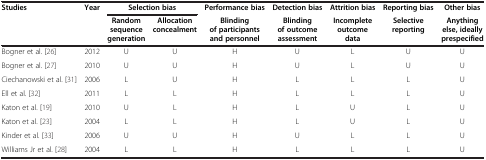
<table><thead><tr><td><b>Studies</b></td><td><b>Year</b></td><td colspan="2"><b>Selection bias</b></td><td><b>Performance bias</b></td><td><b>Detection bias</b></td><td><b>Attrition bias</b></td><td><b>Reporting bias</b></td><td><b>Other bias</b></td></tr><tr><td><b> </b></td><td><b> </b></td><td><b>Random sequence generation</b></td><td><b>Allocation concealment</b></td><td><b>Blinding of participants and personnel</b></td><td><b>Blinding of outcome assessment</b></td><td><b>Incomplete outcome data</b></td><td><b>Selective reporting</b></td><td><b>Anything else, ideally prespecified</b></td></tr></thead><tbody><tr><td>Bogner et al.[26]</td><td>2012</td><td>U</td><td>U</td><td>H</td><td>U</td><td>L</td><td>U</td><td>U</td></tr><tr><td>Bogner et al.[27]</td><td>2010</td><td>U</td><td>U</td><td>H</td><td>U</td><td>L</td><td>U</td><td>U</td></tr><tr><td>Ciechanowski et al.[31]</td><td>2006</td><td>L</td><td>U</td><td>H</td><td>L</td><td>L</td><td>L</td><td>U</td></tr><tr><td>Ell et al.[32]</td><td>2011</td><td>L</td><td>L</td><td>H</td><td>L</td><td>L</td><td>L</td><td>U</td></tr><tr><td>Katon et al.[19]</td><td>2010</td><td>U</td><td>L</td><td>H</td><td>L</td><td>U</td><td>L</td><td>U</td></tr><tr><td>Katon et al.[23]</td><td>2004</td><td>L</td><td>L</td><td>H</td><td>L</td><td>U</td><td>L</td><td>U</td></tr><tr><td>Kinder et al.[33]</td><td>2006</td><td>U</td><td>U</td><td>H</td><td>U</td><td>L</td><td>L</td><td>U</td></tr><tr><td>Williams Jr et al.[28]</td><td>2004</td><td>L</td><td>L</td><td>H</td><td>L</td><td>L</td><td>L</td><td>U</td></tr></tbody></table>